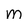
Character: m